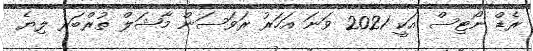
ރެޑް ނޯޓިސް އަކީ 2021 ވަނަ އަހަރު ރަވަސަން މާޝަލް ތުރްބަރ ލިޔެ